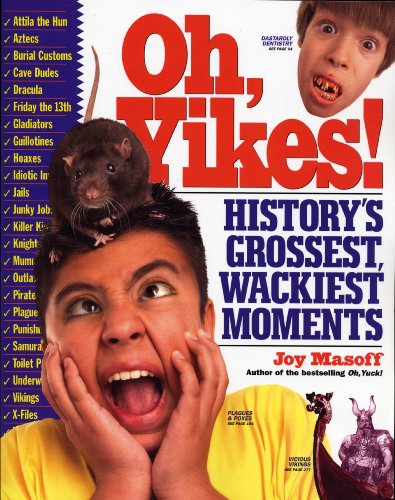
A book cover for Oh, Yikes!: History's Grossest Wackiest Moments; Joy Masoff; Reference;